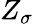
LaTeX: Z_{\sigma}